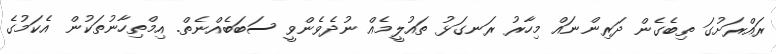
ރައްރަށުގަ ތިބެގެން ދަރިންނައް މިހާރު ރަނގަޅު ތައުލީމެއް ނުދެވެންވީ ސަބަބެއްނެތް. އިމްތިހާނުތަކުން އެކަމުގެ